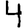
Digit: 4